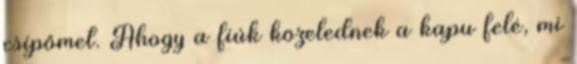
csípőmet. Ahogy a fiúk közelednek a kapu felé, mi